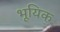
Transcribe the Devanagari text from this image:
भूयिक